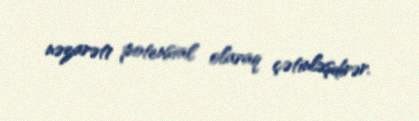
nəzarəti potensial olaraq çətinləşdirər.